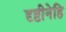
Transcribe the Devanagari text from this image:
दृष्टीनेहि